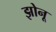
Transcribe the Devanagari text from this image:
झोनू